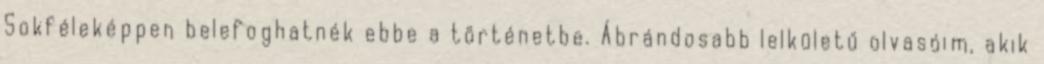
Sokféleképpen belefoghatnék ebbe a történetbe. Ábrándosabb lelkületű olvasóim, akik